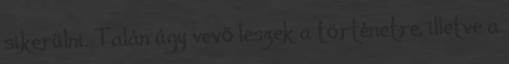
sikerülni. Talán úgy vevő leszek a történetre, illetve a